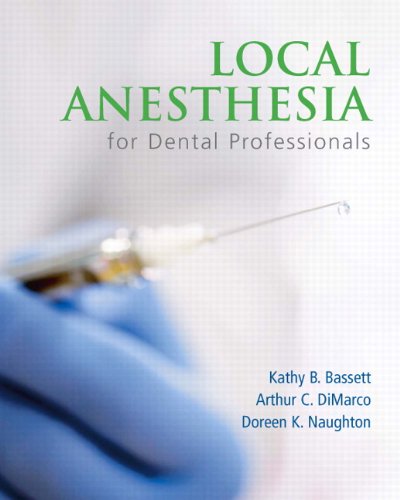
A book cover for Local Anesthesia for Dental Professionals; Kathy Bassett; Medical Books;